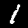
Digit: 1